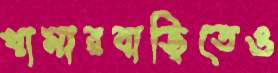
খামারবাড়িতেও